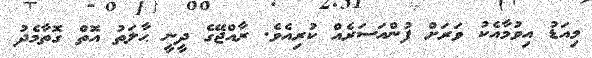
މިއަޑު އިވުމާއެކު ވަރަށް ފުންއަސަރެއް ކުރިއެވެ. ރާއްޖޭގެ ދީނީ ޙާލަތު އޮތް ގޮތާމެދު